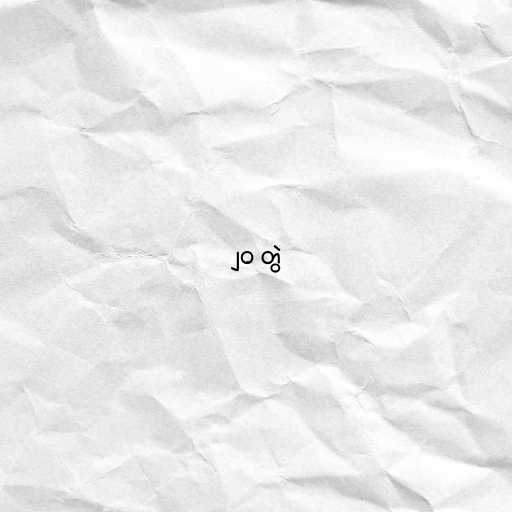
၂၀ တွဲ